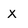
Character: x